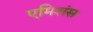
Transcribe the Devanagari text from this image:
एमिशंस